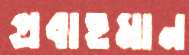
প্রবাহমান